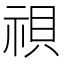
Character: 𬒹